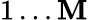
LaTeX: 1\ldots\mathbf{M}